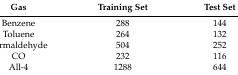
<table><thead><tr><td><b>Gas</b></td><td><b>Training Set</b></td><td><b>Test Set</b></td></tr></thead><tbody><tr><td>Benzene</td><td>288</td><td>144</td></tr><tr><td>Toluene</td><td>264</td><td>132</td></tr><tr><td>Formaldehyde</td><td>504</td><td>252</td></tr><tr><td>CO</td><td>232</td><td>116</td></tr><tr><td>All-4</td><td>1288</td><td>644</td></tr></tbody></table>